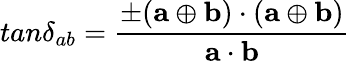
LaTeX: tan\delta_{ab}={\frac{\pm({\mathbf a}\oplus{\mathbf b})\cdot({\mathbf a}\oplus{\mathbf b})}{{\mathbf a}\cdot{\mathbf b}}}